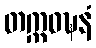
တက္ကဝဍ္ဎနံ